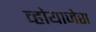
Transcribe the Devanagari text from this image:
व्होयाजेस